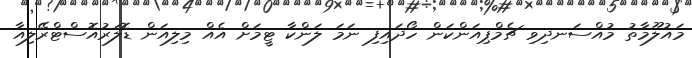
މައުލޫމާތު މުއްސަނދިވި ޗެމްޕިއަންކަން ހޯދައިފި ނަމަ ލަންކާ ޓީމަށް އެއް މިލިއަން ޑޮލަރުއޮސްޓްރޭލިއާ